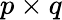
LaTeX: p\times q